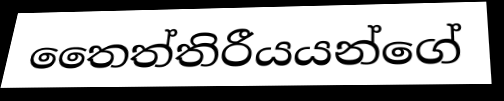
තෛත්තිරීයයන්ගේ